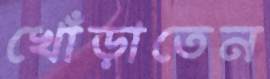
খোঁড়াতেন